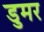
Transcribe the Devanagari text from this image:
डुमर